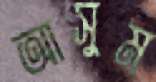
আসুম